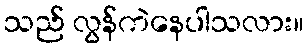
သည် လွန်ကဲနေပါသလား။